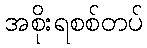
အစိုးရစစ်တပ်